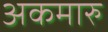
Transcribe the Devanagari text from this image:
अकमारु